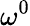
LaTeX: \omega^{0}